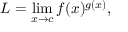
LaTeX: L = \operatorname* { l i m } _ { x \to c } f ( x ) ^ { g ( x ) } ,